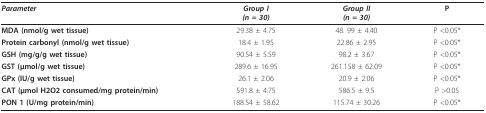
| Parameter | Group I(n = 30) | Group II(n = 30) | P |
 | --- | --- | --- | --- |
 | MDA (nmol/g wet tissue) | 29.38 ± 4.75 | 48. 99 ± 4.40 | P <0.05* |
 | Protein carbonyl (nmol/g wet tissue) | 18.4 ± 1.95 | 22.86 ± 2.95 | P <0.05* |
 | GSH (mg/g/g wet tissue) | 90.54 ± 5.59 | 98.2 ± 3.67 | P <0.05* |
 | GST (μmol/g wet tissue) | 289.6 ± 16.95 | 261.158 ± 62.09 | P <0.05* |
 | GPx (IU/g wet tissue) | 26.1 ± 2.06 | 20.9 ± 2.06 | P <0.05* |
 | CAT (μmol H2O2 consumed/mg protein/min) | 591.8 ± 4.75 | 586.5 ± 9.5 | P >0.05 |
 | PON 1 (U/mg protein/min) | 188.54 ± 58.62 | 115.74 ± 30.26 | P <0.05* |